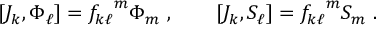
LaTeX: [ J _ { k } , \Phi _ { \ell } ] = { f _ { k \ell } } ^ { m } \Phi _ { m } ~ , ~ ~ ~ ~ ~ ~ [ J _ { k } , S _ { \ell } ] = { f _ { k \ell } } ^ { m } S _ { m } ~ .